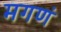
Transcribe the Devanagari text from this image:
मगणं